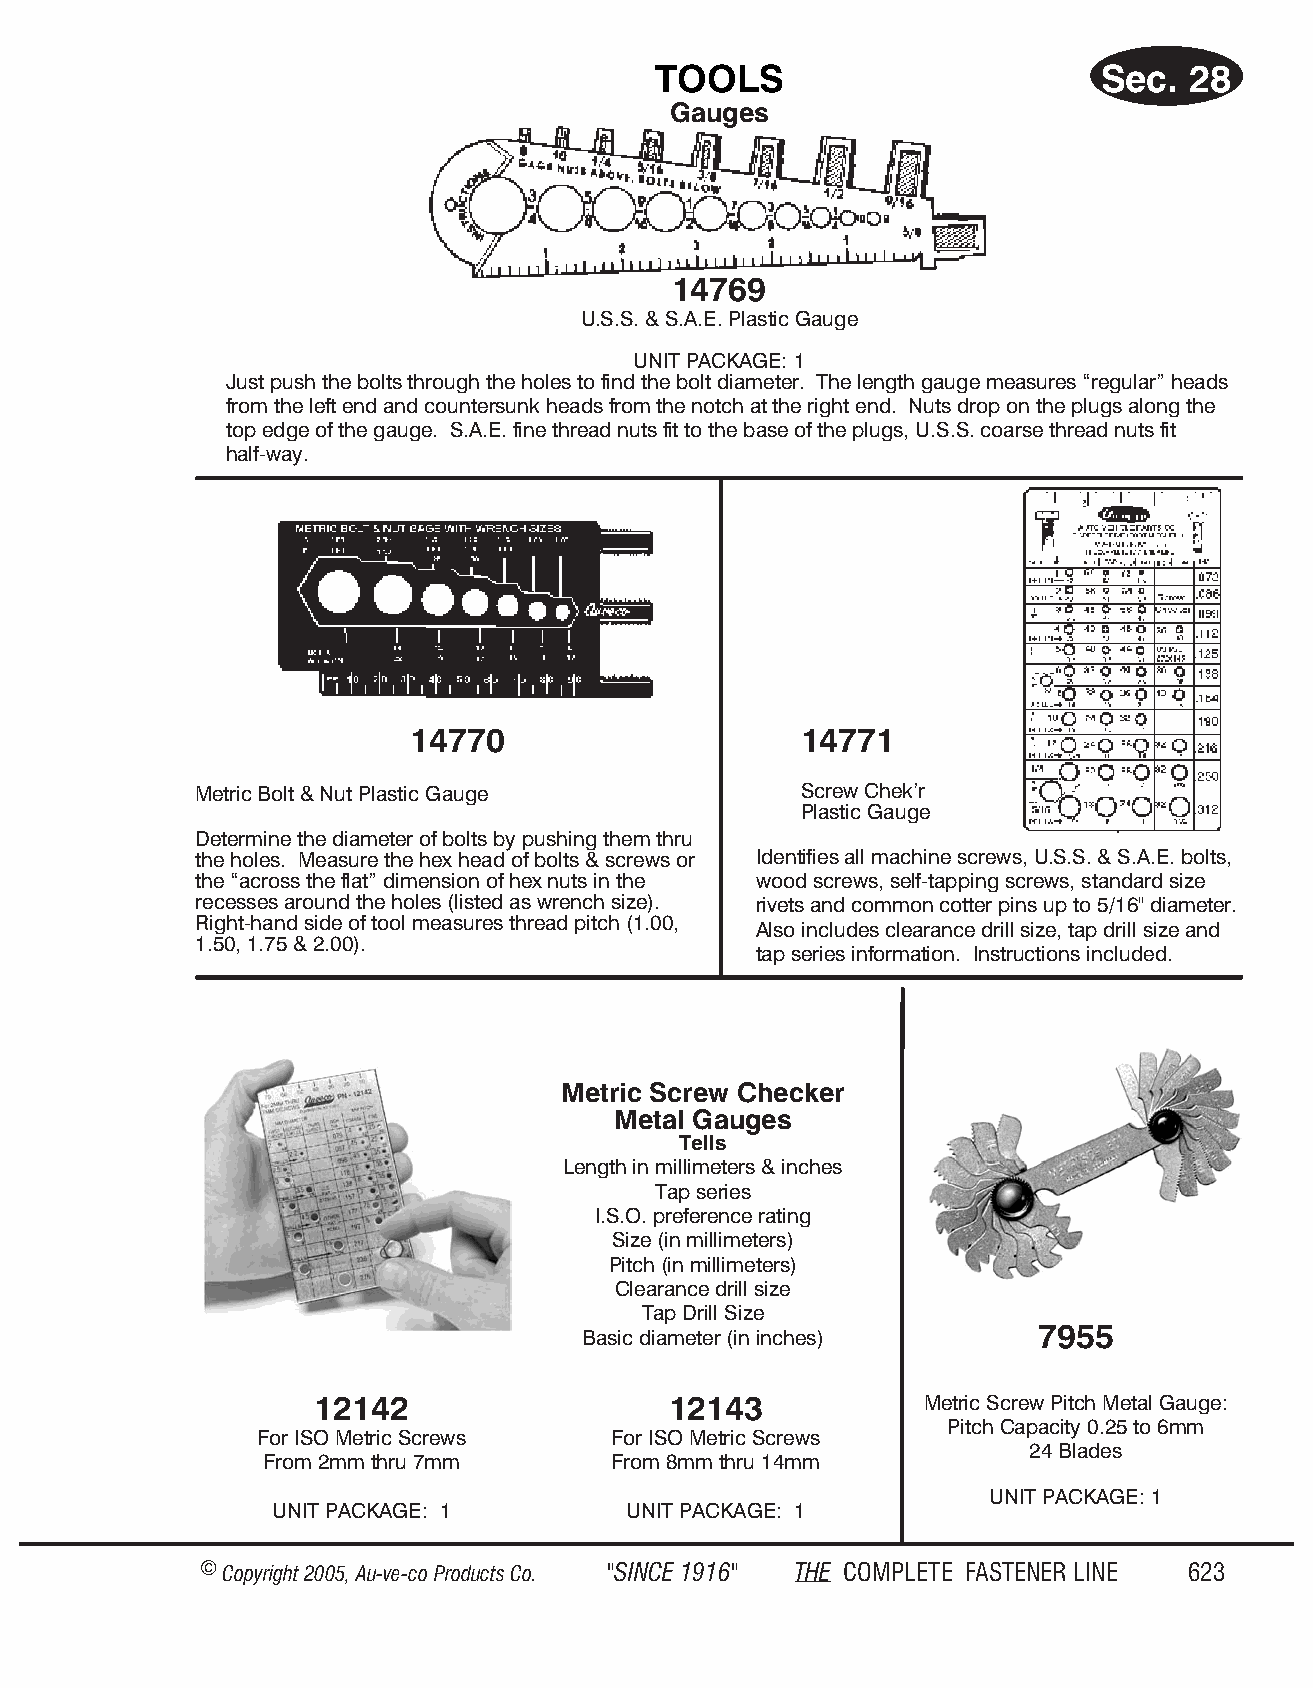
TOOLS                        Sec.  28
 Gauges
 14769
 U.S.S. & S.A.E. Plast ic Gauge
 UNIT PACK AGE: 1
 Just push the bolts through the holes to find the bolt diameter. The length gauge measures “regular” heads
 from the left end and countersunk heads from the notch at the right end. Nuts drop on the plugs along the
 top edge of the gauge. S.A.E. fine thread nuts fit to the base of the plugs, U.S.S. coarse thread nuts fit
 half-way.
 14770                     14771
 Metric Bolt & Nut Plastic Gauge         Screw Chek’r
 Plastic Gauge
 Determine the diameter of bolts by pushing them thru
 the holes. Measure the hex head of bolts & screws or Identifies all machine screws, U.S.S. & S.A.E. bolts,
 the “across the flat” dimension of hex nuts in the wood screws, self-tapping screws, standard size
 recesses around the holes (listed as wrench size). rivets and common cotter pins up to 5/16" diameter.
 Right-hand side of tool measures thread pitch (1.00,
 Also includes clearance drill size, tap drill size and
 1.50, 1.75 & 2.00).
 tap series information. Instructions included.
 Metric Screw Checker
 Metal Gauges
 Tells
 Length in mill i met ers & inches
 Tap se ries
 I.S.O. pref er ence rat ing
 Size (in mil li me ters)
 Pitch (in mil li me ters)
 Clear ance drill size
 Tap Drill Size
 Bas ic dia me t er (in inches) 7955
 12142                  12143            Metr ic Screw Pitch Metal Gauge:
 Pitch Cap aci ty 0.25 to 6mm
 For ISO Met ric Screws  For ISO Met ric Screws
 24 Blades
 From 2mm thru 7mm      From 8mm thru 14mm
 UNIT PACK AGE: 1
 UNIT PACK AGE: 1        UNIT PACK AGE: 1
 © Copyr ight 2005, Au-ve-co Produ cts Co. "SINCE 1916" THE COM PLETE FAST ENER LINE 623